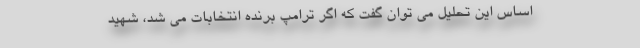
اساس این تحلیل می توان گفت که اگر ترامپ برنده انتخابات می شد، شهید